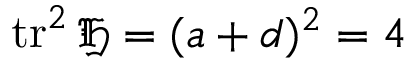
\operatorname { t r } ^ { 2 } { \mathfrak { H } } = ( a + d ) ^ { 2 } = 4